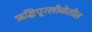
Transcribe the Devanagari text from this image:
ऋद्धिपूरलीळेतील